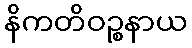
နိကတိဝဉ္စနာယ